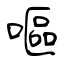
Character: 嘔